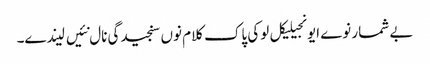
بے شمار نوے ایونجیلیکل لوکی پاک کلام نوں سنجیدگی نال نئیں لیندے۔